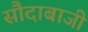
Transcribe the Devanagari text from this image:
सौदाबाजी